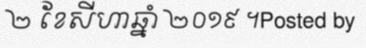
២ ខែសីហាឆ្នាំ ២០១៩ ។Posted by